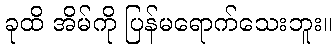
ခုထိ အိမ်ကို ပြန်မရောက်သေးဘူး။